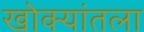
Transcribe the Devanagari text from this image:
खोक्यांतला